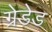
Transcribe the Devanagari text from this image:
ग्रेडेड